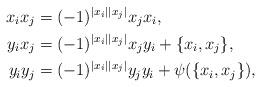
LaTeX: \begin{align*}x_ix_j&=(-1)^{|x_i||x_j|}x_jx_i,\\y_ix_j&=(-1)^{|x_i||x_j|}x_jy_i+\{x_i, x_j\},\\y_iy_j&=(-1)^{|x_i||x_j|}y_jy_i+\psi(\{x_i, x_j\}),\end{align*}